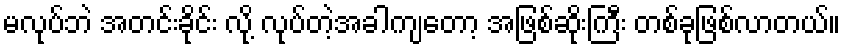
မလုပ်ဘဲ အတင်းခိုင်း လို့ လုပ်တဲ့အခါကျတော့ အဖြစ်ဆိုးကြီး တစ်ခုဖြစ်လာတယ်။